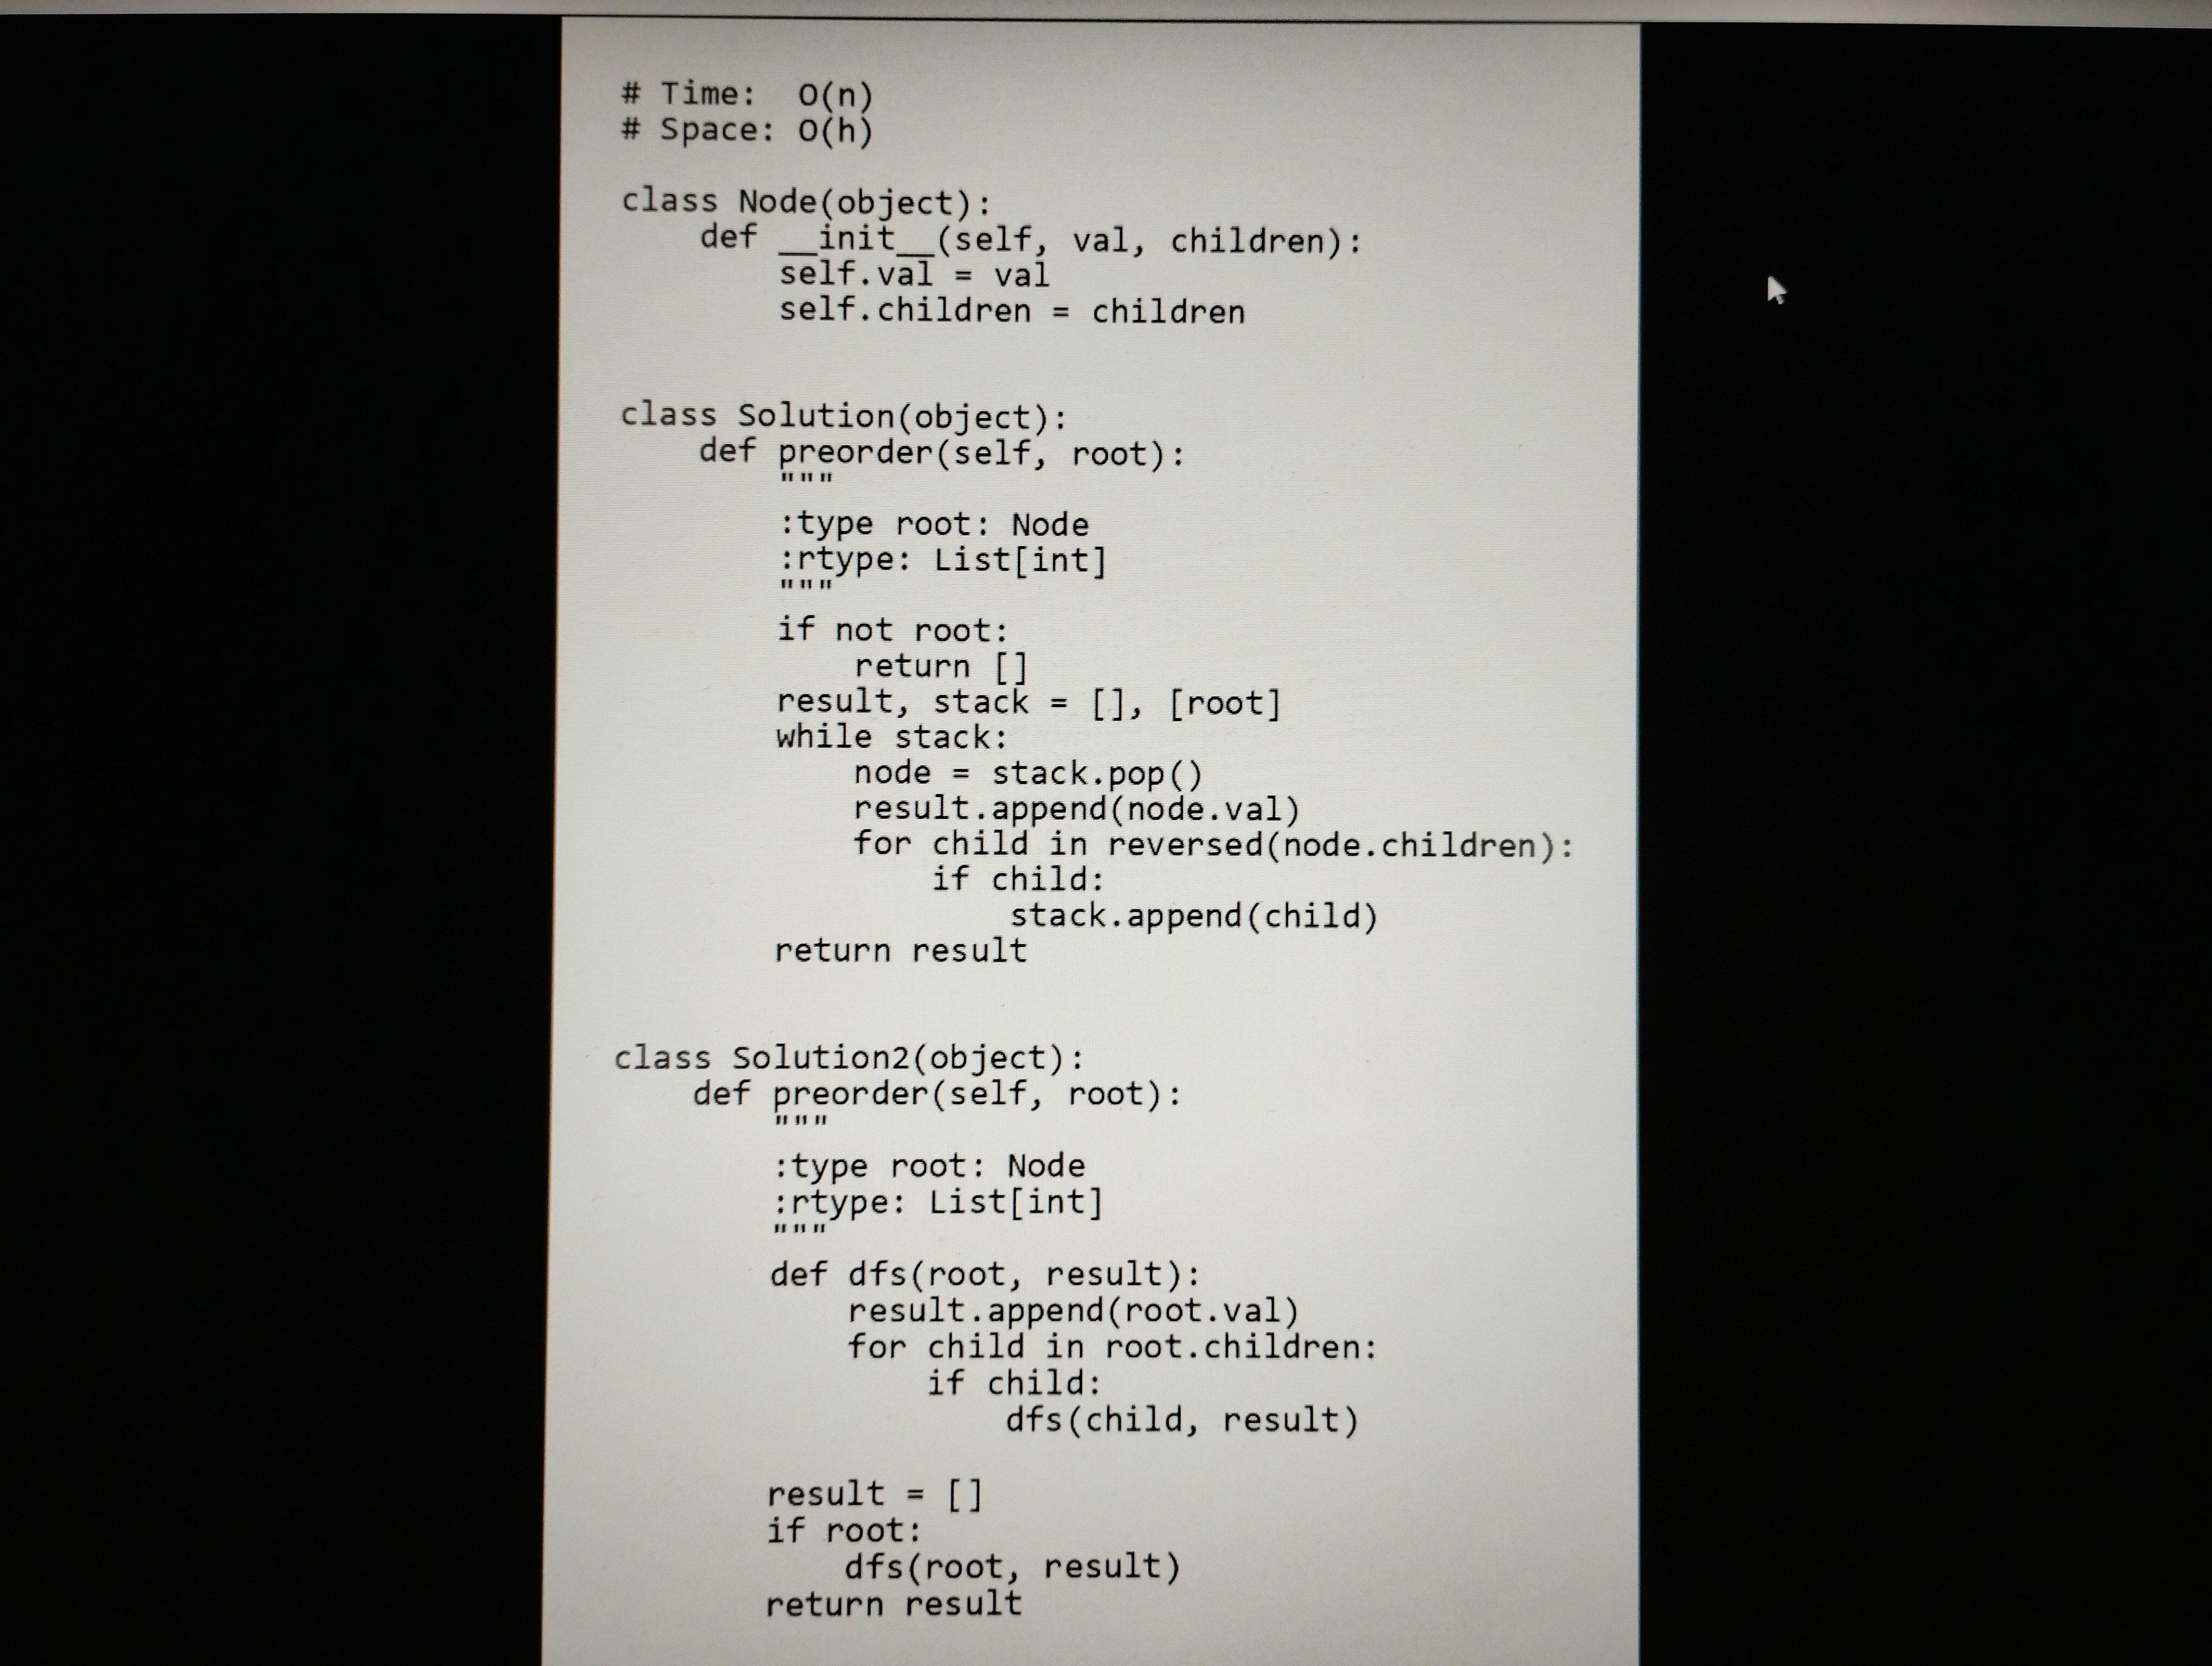
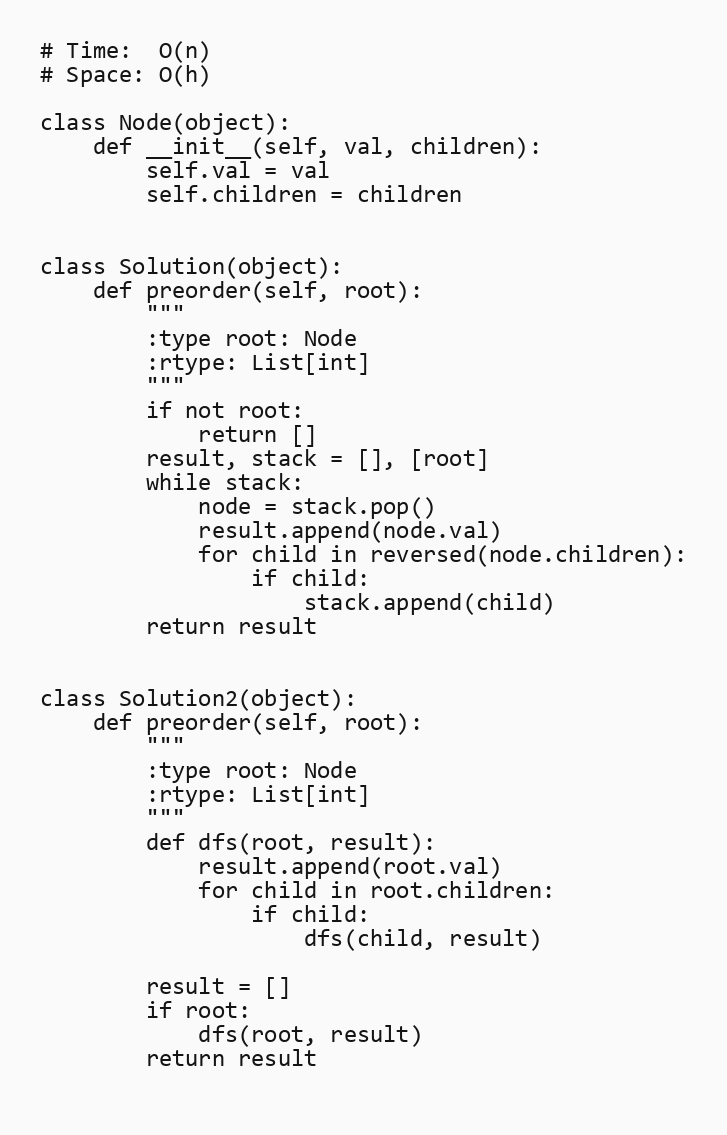
# Time:  O(n)
# Space: O(h)

class Node(object):
    def __init__(self, val, children):
        self.val = val
        self.children = children

class Solution(object):
    def preorder(self, root):
        """
        :type root: Node
        :rtype: List[int]
        """
        if not root:
            return []
        result, stack = [], [root]
        while stack:
            node = stack.pop()
            result.append(node.val)
            for child in reversed(node.children):
                if child:
                    stack.append(child)
        return result

class Solution2(object):
    def preorder(self, root):
        """
        :type root: Node
        :rtype: List[int]
        """
        def dfs(root, result):
            result.append(root.val)
            for child in root.children:
                if child:
                    dfs(child, result)

        result = []
        if root:
            dfs(root, result)
        return result